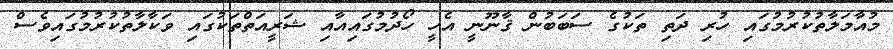
މުއާމަލާތުކުރުމުގައި ހުރި ދަތި ތަކުގެ ސަބަބުން ޤާނޫނީ އެހީ ހޯދުމުގައިއާއި ޝަރީއަތްތަކުގައި ވަކާލާތުކުރުމުގައިވެސް